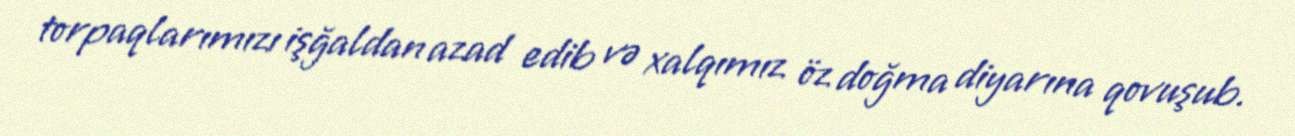
torpaqlarımızı işğaldan azad edib və xalqımız öz doğma diyarına qovuşub.